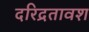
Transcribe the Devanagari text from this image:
दरिद्रतावश